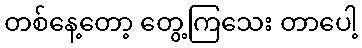
တစ်နေ့တော့ တွေ့ကြသေး တာပေါ့